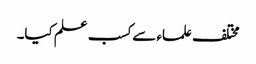
مختلف علماء سے کسب علم کیا۔